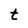
Character: t